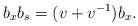
LaTeX: \begin{align*} b_x b_s = (v+v^{-1}) b_x. \end{align*}